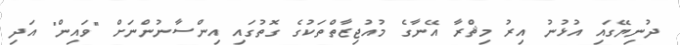
ދުނިޔޭގައި އުޅުނު އިރު މިޘްރާ އޭނާގެ މުއުޖިޒާތްތަކުގެ ގޮތުގައި އިންސާނުންނަށް "ވައިން" އަދި